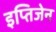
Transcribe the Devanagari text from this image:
इप्तिजेन